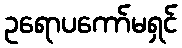
ဥရောပကော်မရှင်